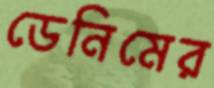
ডেনিমের